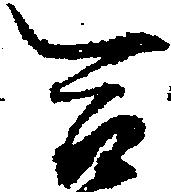
合